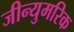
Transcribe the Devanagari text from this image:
जीन्युमरिक